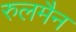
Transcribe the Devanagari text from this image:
रुलमैन